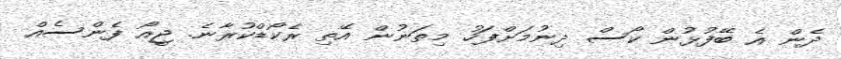
ދެން އެ ބޭފުޅުން ކޯސް ދިނުމަށްފަހު މިތަނުން އޭތި ރެކޯޑްކުރާނެ. ޖީއޯ ފެންސެއް